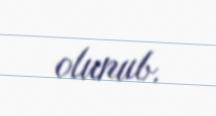
olunub.